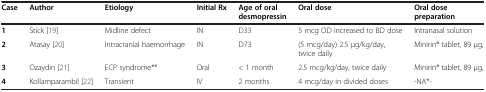
<table><thead><tr><td><b>Case</b></td><td><b>Author</b></td><td><b>Etiology</b></td><td><b>Initial Rx</b></td><td><b>Age of oral desmopressin</b></td><td><b>Oral dose</b></td><td><b>Oral dose preparation</b></td></tr></thead><tbody><tr><td><b>1</b></td><td>Stick [19]</td><td>Midline defect</td><td>IN</td><td>D33</td><td>5 mcg OD increased to BD dose</td><td>Intranasal solution</td></tr><tr><td><b>2</b></td><td>Atasay [20]</td><td>Intracranial haemorrhage</td><td>IN</td><td>D73</td><td>(5 mcg/day) 2.5 μg/kg/day, twice daily</td><td>Minirin® tablet, 89 μg,</td></tr><tr><td><b>3</b></td><td>Ozaydin [21]</td><td>ECP syndrome**</td><td>Oral</td><td>&lt; 1 month</td><td>2.5 mcg/kg/day, twice daily</td><td>Minirin® tablet, 89 μg,</td></tr><tr><td><b>4</b></td><td>Kollamparambil [22]</td><td>Transient</td><td>IV</td><td>2 months</td><td>4 mcg/day in divided doses</td><td>-NA*-</td></tr></tbody></table>